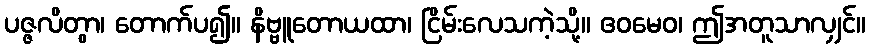
ပဇ္ဇလိတွာ၊ တောက်ပ၍။ နိဗ္ဗူတောယထာ၊ ငြိမ်းလေသကဲ့သို့။ ဧဝမေဝ၊ ဤအတူသာလျှင်။